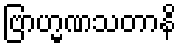
ဗြာဟ္မဏသတာနိ